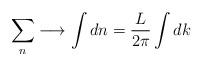
LaTeX: \begin{align*}\sum_{n}\longrightarrow \int dn=\frac{L}{2\pi}\int dk\end{align*}